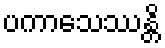
ပကာသေဿန္တိ